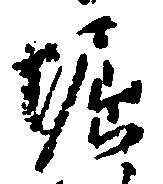
堀